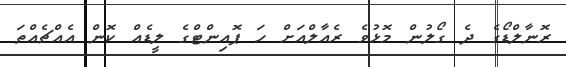
ރޮނާލްޑޯގެ ދެ ގޯލުން މޮޅުވެ ރެއާލްއަށް ހަ ޕޮއިންޓްގެ ލީޑެއް ކޮން އެއްޗެއްތަ